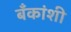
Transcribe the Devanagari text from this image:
बँकांशी